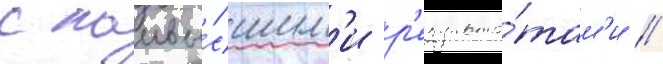
с наивы́сшим'и р'езульта́там'и /